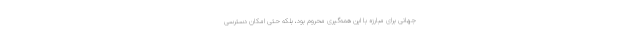
جهانی برای مبارزه با این همه‌گیری محروم بود، بلکه حتّی امکان دسترسی